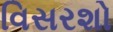
વિસરશો